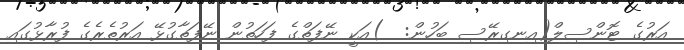
އަރުގެ ޓޮންސިލް(އިނގިރޭސި ބަހުން:  )އަކީ ނޭފަތްގެ ފަހަތުން ނޭފަތާގުޅޭ އަރުތެރެގެ ފުރާޅުގައި